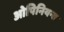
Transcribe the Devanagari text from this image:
ओपिनियन्स